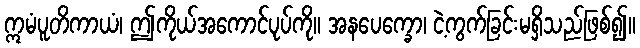
ဣမံပူတိကာယံ၊ ဤကိုယ်အကောင်ပုပ်ကို။ အနပေက္ခော၊ ငဲ့ကွက်ခြင်းမရှိသည်ဖြစ်၍။